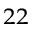
^ { 2 2 }